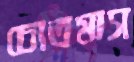
চোতমাস